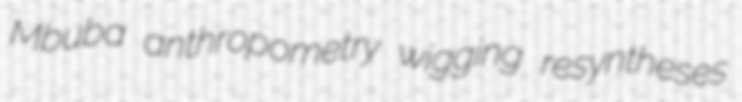
Mbuba anthropometry wigging resyntheses